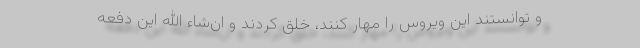
و توانستند این ویروس را مهار کنند، خلق کردند و ان‌شاء الله این دفعه